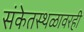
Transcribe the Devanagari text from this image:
संकेतस्थळावरही